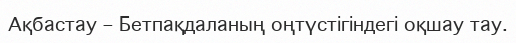
Ақбастау – Бетпақдаланың оңтүстігіндегі оқшау тау.